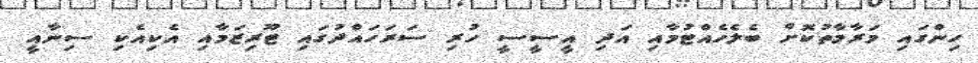
ހިންގައި މަރާމާތުކޮށް ބެލެހެއްޓުމާއި އަދި އީސީސީ ހުރި ސަރަހައްދުގައި ޓޫރިޒަމާއި އެކިއެކި ސިނާއީ